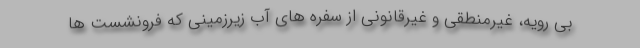
بی رویه، غیرمنطقی و غیرقانونی از سفره های آب زیرزمینی که فرونشست ها